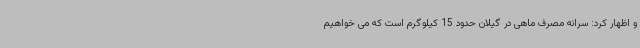
و اظهار کرد: سرانه مصرف ماهی در گیلان حدود 15 کیلوگرم است که می خواهیم